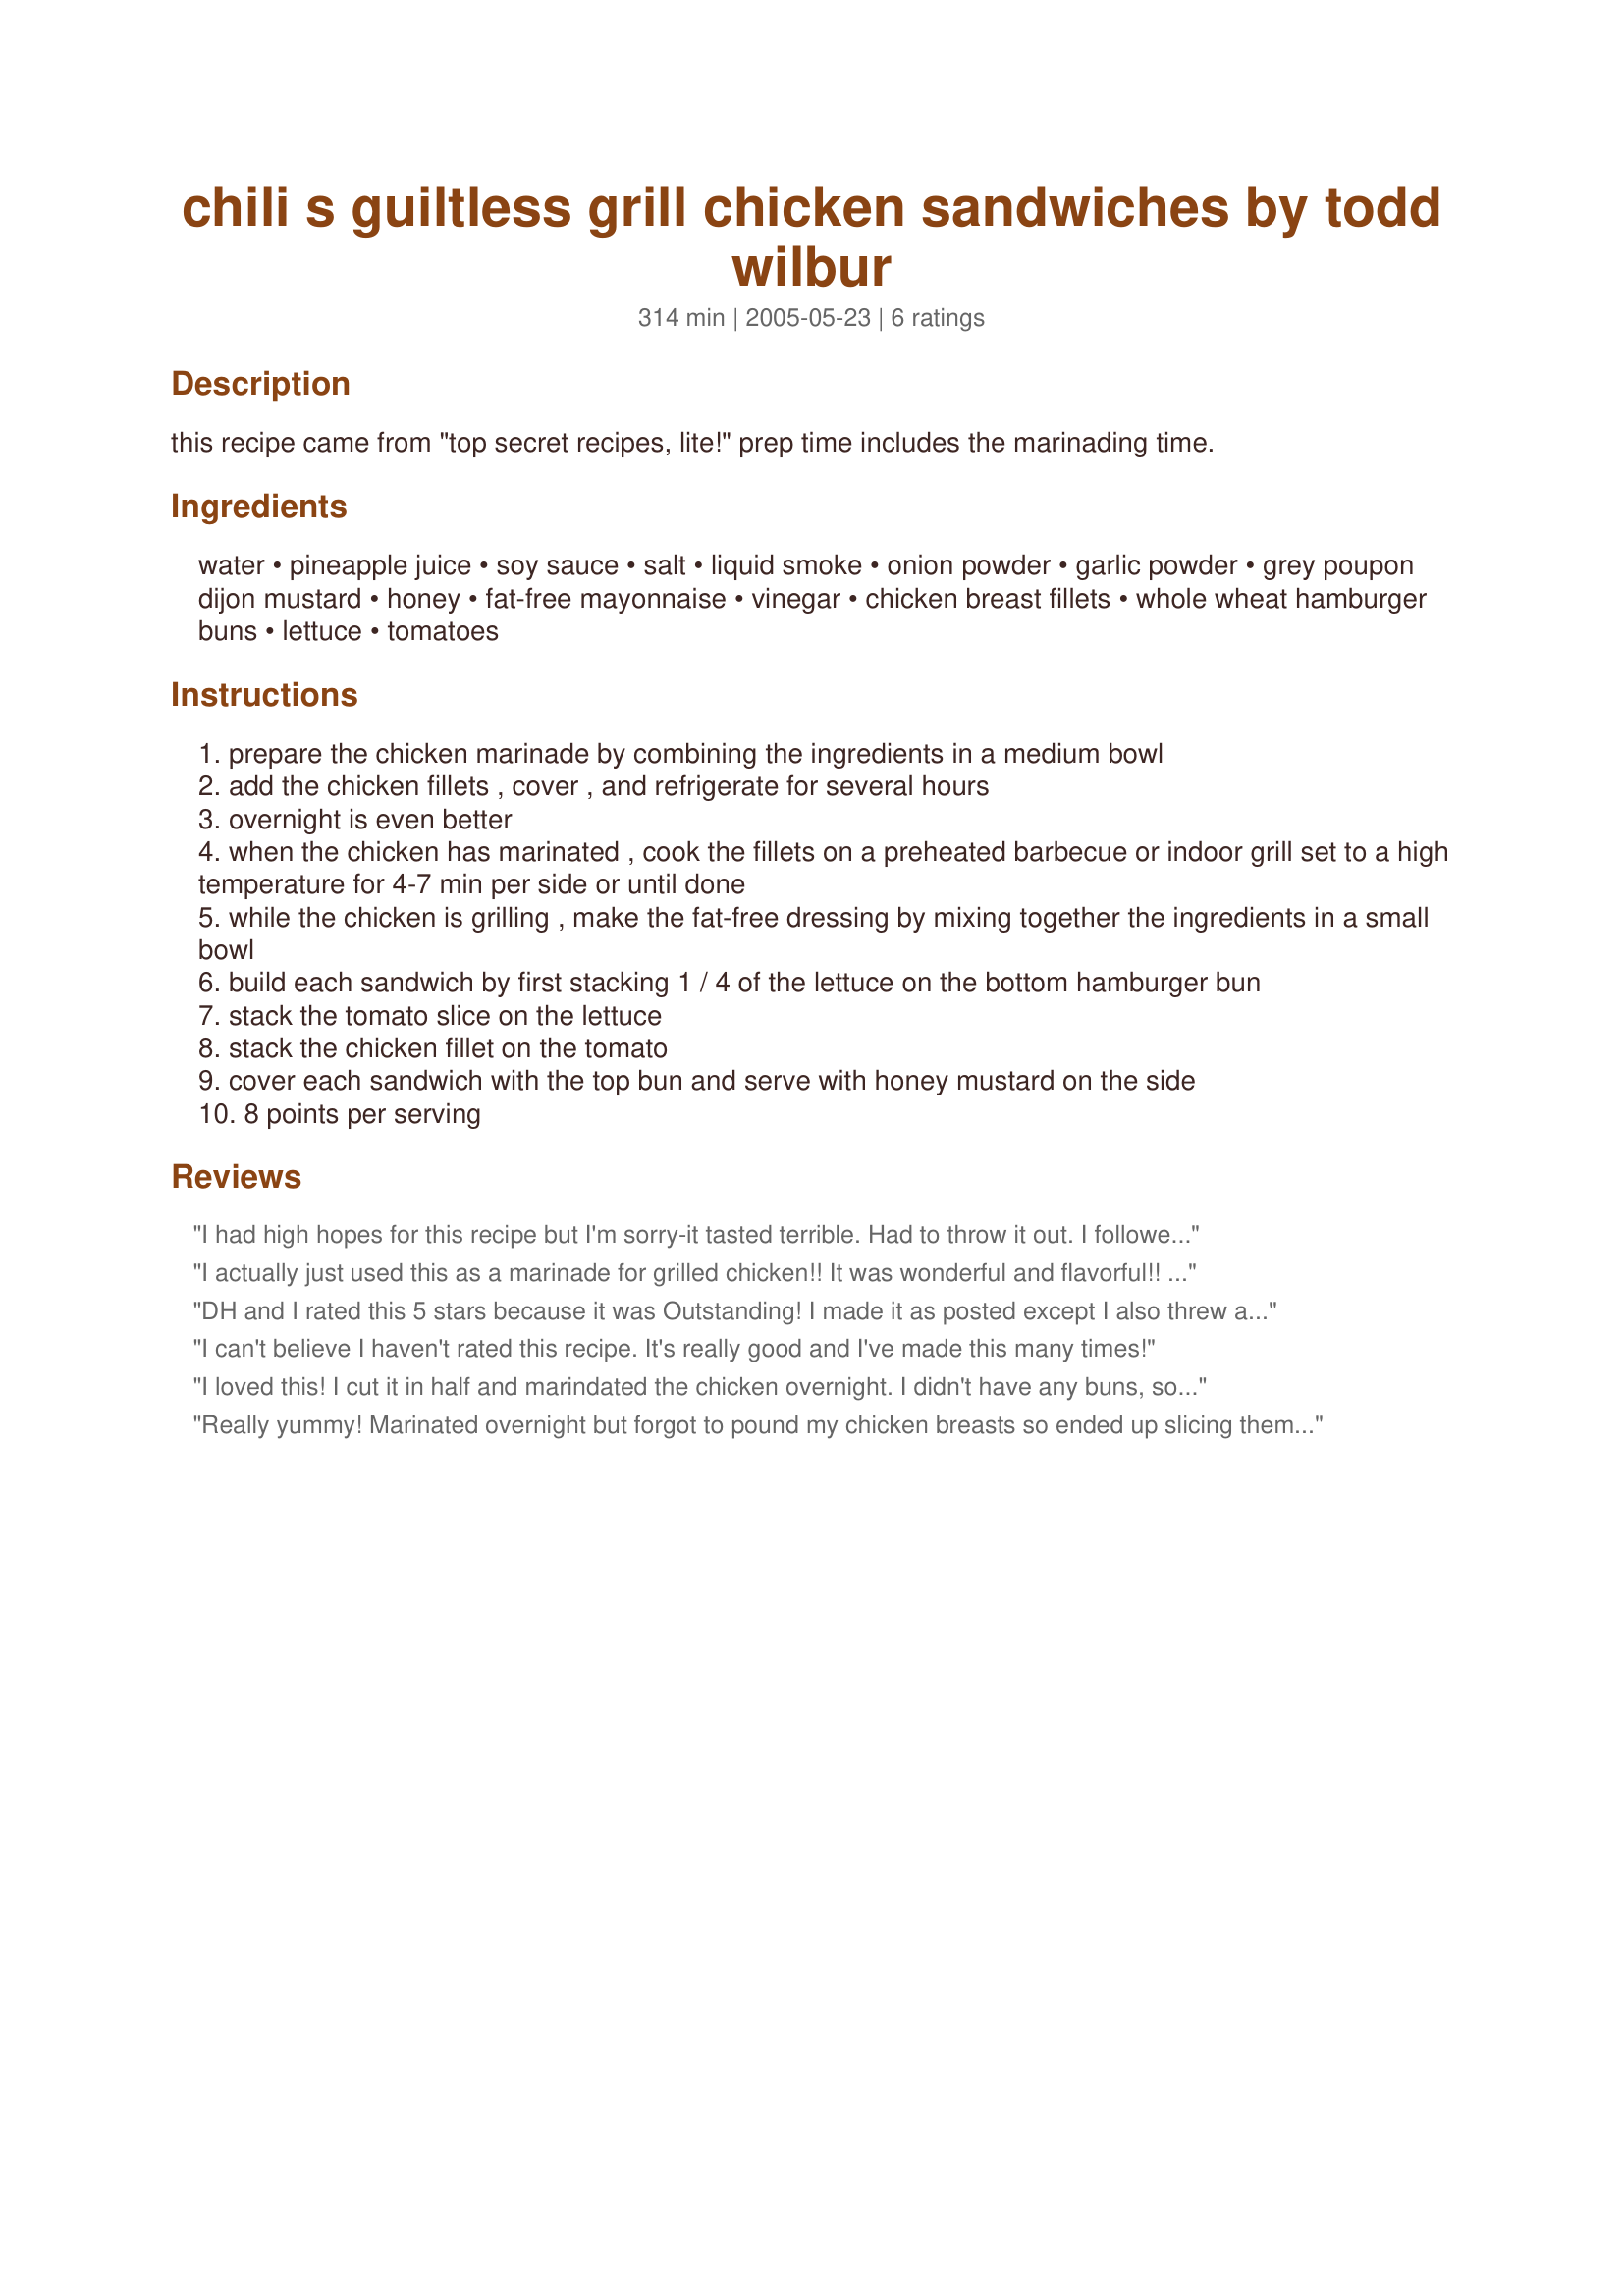
chili s guiltless grill chicken sandwiches by todd wilbur
Preparation time: 314 minutes

this recipe came from "top secret recipes, lite!" prep time includes the marinading time.

Ingredients:
water, pineapple juice, soy sauce, salt, liquid smoke, onion powder, garlic powder, grey poupon dijon mustard, honey, fat-free mayonnaise, vinegar, chicken breast fillets, whole wheat hamburger buns, lettuce, tomatoes

Steps:
prepare the chicken marinade by combining the ingredients in a medium bowl
add the chicken fillets , cover , and refrigerate for several hours
overnight is even better
when the chicken has marinated , cook the fillets on a preheated barbecue or indoor grill set to a high temperature for 4-7 min per side or until done
while the chicken is grilling , make the fat-free dressing by mixing together the ingredients in a small bowl
build each sandwich by first stacking 1 / 4 of the lettuce on the bottom hamburger bun
stack the tomato slice on the lettuce
stack the chicken fillet on the tomato
cover each sandwich with the top bun and serve with honey mustard on the side
8 points per serving

Reviews:
I had high hopes for this recipe but I'm sorry-it tasted terrible. Had to throw it out. I followed the directions but I pan fried it instead of grilling it-I even marinated it overnight but it was very flavorless. Thanks anyway.
I actually just used this as a marinade for grilled chicken!! It was wonderful and flavorful!! I made a little extra of the honey mustard mix and just used as a dip!! DELISH!
DH and I rated this 5 stars because it was Outstanding! I made it as posted except I also threw a grilled pineapple ring onto the buns. I used the juice from a can of pinapple rings for the marinade. This sandwich was full of flavor and the chicken came out moist and tender. I did have one chicken breast left over and it made an excellent chicken salad sandwich for (2) for lunch the next day. I served it with recipe #178608. Thanks, mariposa13 for posting.
I can't believe I haven't rated this recipe. It's really good and I've made this many times!
I loved this! I cut it in half and marindated the chicken overnight. I didn't have any buns, so I used a whole-wheat tortilla instead. I loved the honey mustard dressing - in fact, it'll be my new go-to honey mustard recipe!
Really yummy! Marinated overnight but forgot to pound my chicken breasts so ended up slicing them in half after cooking in a grill pan. So easy to make, and the honey mustard is delicious. I have eaten this sandwich at Chili's a number of times but the home version is better. Chili's always seems to use chicken that's fatty cause it hasn't been trimmed appropriately. Blech! :) Thanks so much for posting the recipe!
